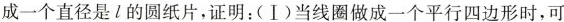
成一个直径是l的圆纸片，证明：(Ⅰ)当线圈做成一个平行四边形时，可